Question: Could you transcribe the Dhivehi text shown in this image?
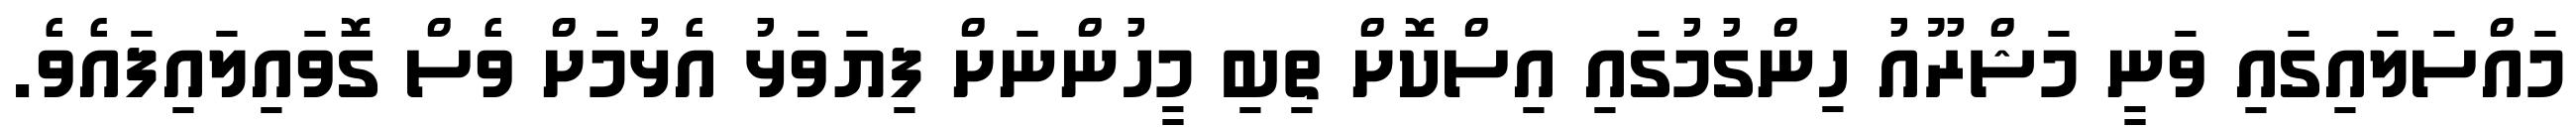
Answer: މައްސަލައިގައި ވަނީ މަޝްރޫއު ހިންގުމުގައި އިސްކޮށް ތިބި މީހުންނަށް ފިޔަވަޅު އެޅުމަށް ވެސް ގޮވައިލައިފައެވެ.